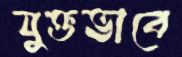
যুক্তভাবে